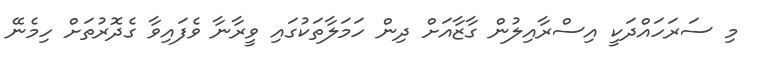
މި ސަރަހައްދަކީ އިސްރާއިލުން ގާޒާއަށް ދިން ހަމަލާތަކުގައި ވީރާނާ ވެފައިވާ ގެދޮރުތަށް ހިމެނޭ